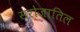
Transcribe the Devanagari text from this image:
सरोजातिल